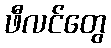
ဖီလင်တွေ